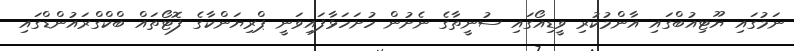
ނަމުގައި ޔޫޓިއުބްގައި އާންމުކުރި ވީޑިއޯގައި ސުނީތާގެ ނެށުން ހުށަހަޅާފައިވަނީ ޕްރިޔަންކާގެ ފޮޓޯތައް ބްކްގްރައުންޑްގައި